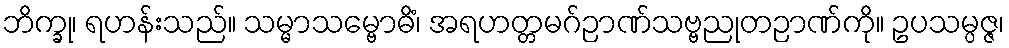
ဘိက္ခု၊ ရဟန်းသည်။ သမ္မာသမ္ဗောဓိံ၊ အရဟတ္တမဂ်ဉာဏ်သဗ္ဗညုတဉာဏ်ကို။ ဥပသမ္ပဇ္ဇ၊